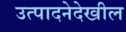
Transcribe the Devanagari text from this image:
उत्पादनेदेखील